Etiology and epidemiology of plague
Disease focus: Plague
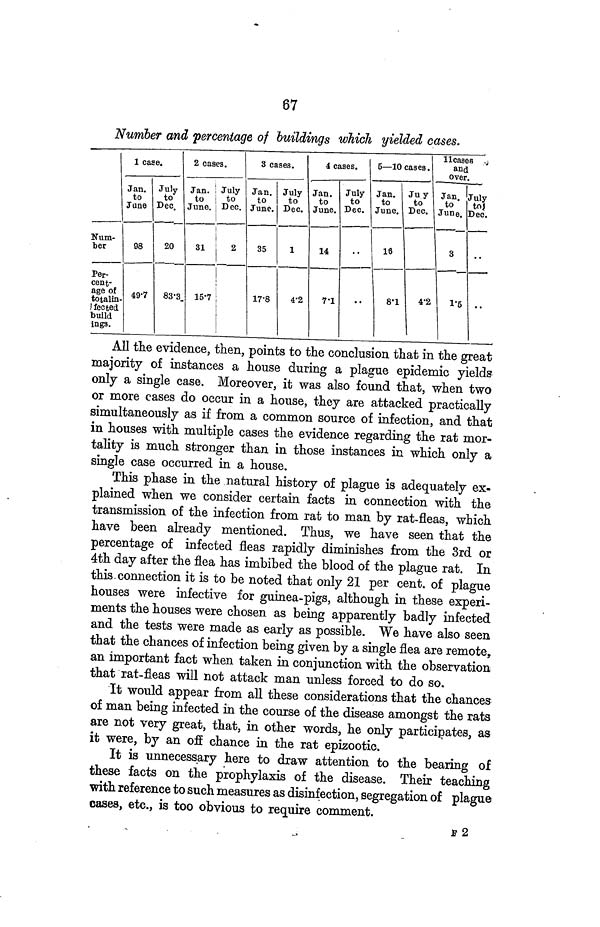
67
Number and percentage of buildings which yielded cases.
Num-
ber
Per-
cent-
age of
totalin-
fected
build
ings.
1 case.
Jan.
to
June
98
49 7
July
to
Dec.
20
83 3.
2 cases.
Jan. i
to
June.
31
July
to
Dec.
2
1
15 7
3 cases.
Jan.
to
June.
35
17 8
July
to
Dec.
1
4 2
4 cases.
Jan.
to
June.
14
7 1
July
to
Dec.
..
5—10 cases.
Jan.
to
June.
18
8 1
Juy
to
Dec.
4 2
11 cases
and
over.
Jan.
to
June.
3
1 5
July
to!
Dec.
..
"
All the evidence, then, points to the conclusion that in the great
majority of instances a house during a plague epidemic yields
only a single case. Moreover, it was also found that, when two
or more cases do occur in a house, they are attacked practically
simultaneously as if from a common source of infection, and that
in houses with multiple cases the evidence regarding the rat mor-
tality is much stronger than in those instances in which only a
single case occurred in a house.
This phase in the natural history of plague is adequately ex-
plained when we consider certain facts in connection with the
transmission of the infection from rat to man by rat-fleas, which
have been already mentioned. Thus, we have seen that the
percentage of infected fleas rapidly diminishes from the 3rd or
4th day after the flea has imbibed the blood of the plague rat. In
this connection it is to be noted that only 21 per cent. of plague
houses were infective for guinea-pigs, although in these experi-
ments the houses were chosen as being apparently badly infected
and the tests were made as early as possible. We have also seen
that the chances of infection being given by a single flea are remote,
an important fact when taken in conjunction with the observation
that rat-fleas will not attack man unless forced to do so.
It would appear from all these considerations that the chances
of man being infected in the course of the disease amongst the rats
are not very great, that, in other words, he only participates, as
it were, by an off chance in the rat epizootic.
It is unnecessary here to draw attention to the bearing of
these facts on the prophylaxis of the disease. Their teaching
with reference to such measures as disinfection, segregation of plague
cases, etc., is too obvious to require comment.
F 2